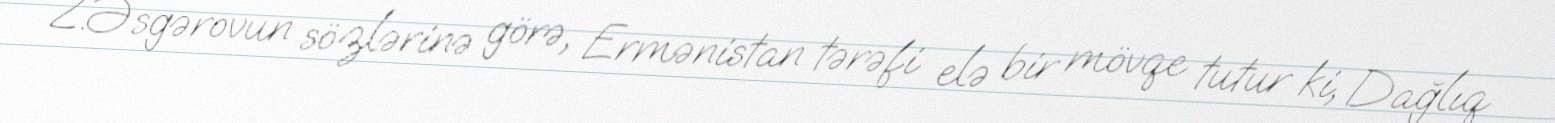
Z.Əsgərovun sözlərinə görə, Ermənistan tərəfi elə bir mövqe tutur ki, Dağlıq